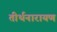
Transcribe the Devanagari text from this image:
तीर्थनारायण